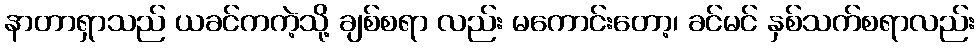
နာတာရှာသည် ယခင်ကကဲ့သို့ ချစ်စရာ လည်း မကောင်းတော့၊ ခင်မင် နှစ်သက်စရာလည်း